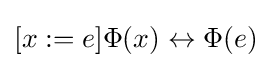
[x:=e]\Phi (x)\leftrightarrow \Phi (e)\,\!